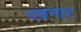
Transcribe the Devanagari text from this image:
एइनार